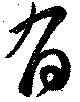
有